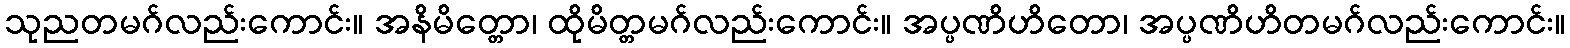
သုညတမဂ်လည်းကောင်း။ အနိမိတ္တော၊ ထိုမိတ္တမဂ်လည်းကောင်း။ အပ္ပဏိဟိတော၊ အပ္ပဏိဟိတမဂ်လည်းကောင်း။